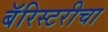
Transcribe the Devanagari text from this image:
बॅरिस्टरीचा